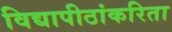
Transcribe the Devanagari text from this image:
विद्यापीठांकरिता